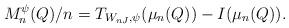
LaTeX: \begin{align*}M_n^{\psi}(Q)/n=T_{W_{nJ},\psi}(\mu_n(Q))-I(\mu_n(Q)). \end{align*}